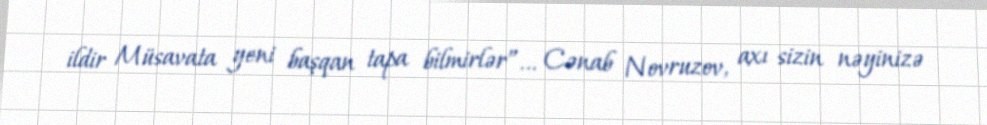
ildir Müsavata yeni başqan tapa bilmirlər”... Cənab Novruzov, axı sizin nəyinizə